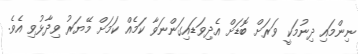
ނިންމައި ދިނުމަކީ ވަރަށް ބޮޑަށް އެދިވަޑައިގަންނަވާ ކަމެއް ކަމަށް މޭޔަރު ވިދާޅުވި އެވެ.